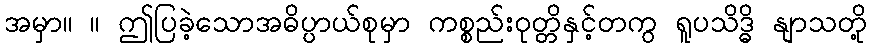
အမှာ။ ။ ဤပြခဲ့သောအဓိပ္ပာယ်စုမှာ ကစ္စည်းဝုတ္တိနှင့်တကွ ရူပသိဒ္ဓိ နျာသတို့